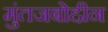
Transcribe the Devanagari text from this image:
मुंतजबोद्दीन